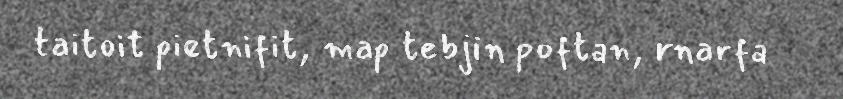
taitoit pietnifit, map tebjin poftan, rnarfa